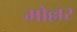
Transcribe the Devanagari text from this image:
मोल्लर